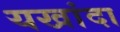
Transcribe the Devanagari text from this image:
यखांदा